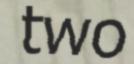
two